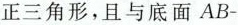
正三角形，且与底面AB